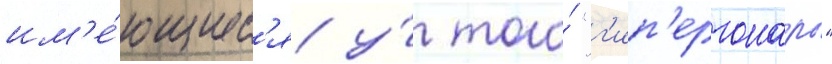
им'е́ющиес'я у́ того́ "г'ип'ергонары"